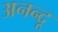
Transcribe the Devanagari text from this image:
अनन्‍दू